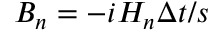
B _ { n } = { - i H _ { n } \Delta t } / { s }